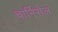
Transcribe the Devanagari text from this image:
चार्मिसेल